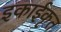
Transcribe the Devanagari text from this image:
इकाईकृत